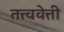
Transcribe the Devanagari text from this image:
तत्त्ववेत्ती